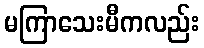
မကြာသေးမီကလည်း